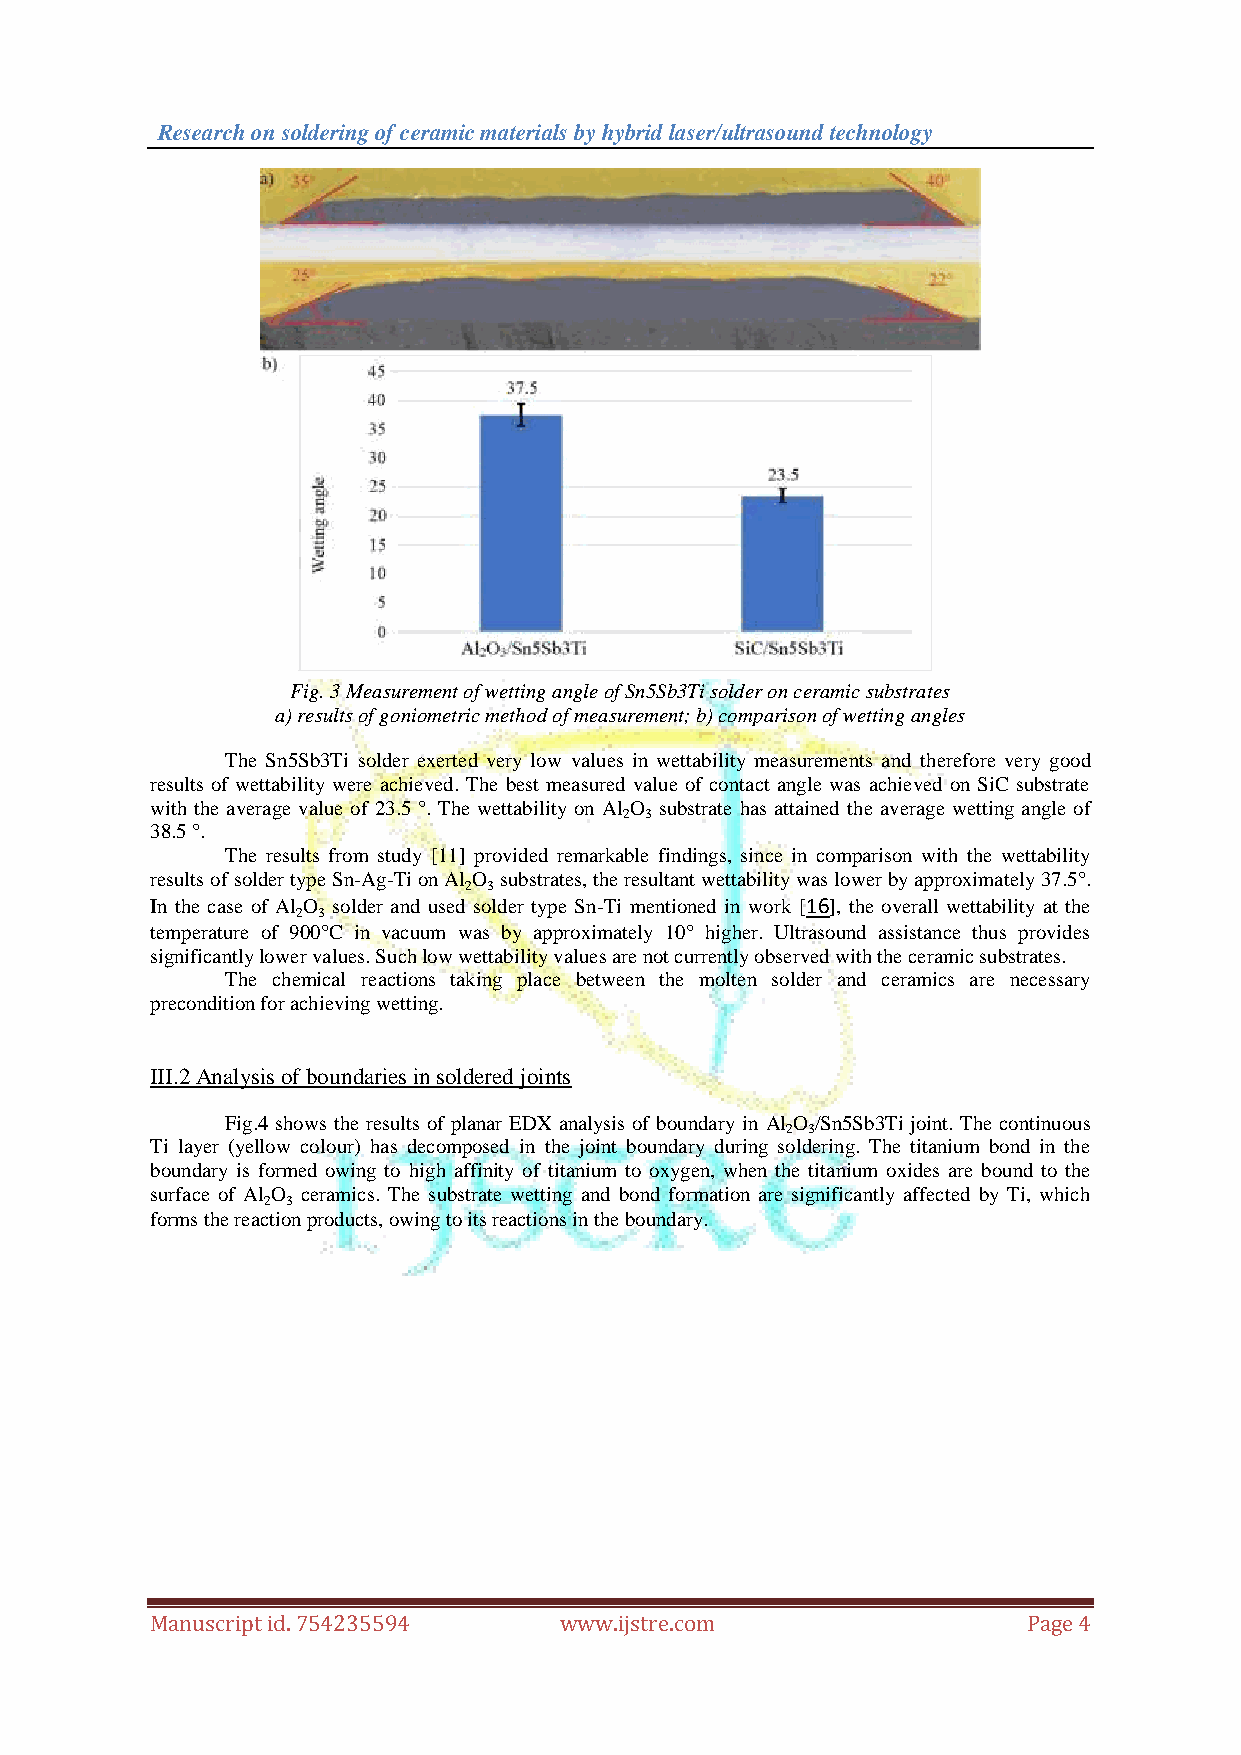
Research on soldering of ceramic materials by hybrid laser/ultrasound technology
 Fig. 3 Measurement of wetting angle of Sn5Sb3Ti solder on ceramic substrates
 a) results of goniometric method of measurement; b) comparison of wetting angles
 The Sn5Sb3Ti solder exerted very low values in wettability measurements and therefore very good
 results of wettability were achieved. The best measured value of contact angle was achieved on SiC substrate
 with the average value of 23.5 °. The wettability on Al O substrate has attained the average wetting angle of
 2 3
 38.5 °.
 The results from study [11] provided remarkable findings, since in comparison with the wettability
 results of solder type Sn-Ag-Ti on Al O substrates, the resultant wettability was lower by approximately 37.5°.
 2 3
 In the case of Al O solder and used solder type Sn-Ti mentioned in work [16], the overall wettability at the
 2 3
 temperature of 900°C in vacuum was by approximately 10° higher. Ultrasound assistance thus provides
 significantly lower values. Such low wettability values are not currently observed with the ceramic substrates.
 The chemical reactions taking place between the molten solder and ceramics are necessary
 precondition for achieving wetting.
 III.2 Analysis of boundaries in soldered joints
 Fig.4 shows the results of planar EDX analysis of boundary in Al O /Sn5Sb3Ti joint. The continuous
 2 3
 Ti layer (yellow colour) has decomposed in the joint boundary during soldering. The titanium bond in the
 boundary is formed owing to high affinity of titanium to oxygen, when the titanium oxides are bound to the
 surface of Al O ceramics. The substrate wetting and bond formation are significantly affected by Ti, which
 2 3
 forms the reaction products, owing to its reactions in the boundary.
 Manuscript id. 754235594   www.ijstre.com                 Page 4